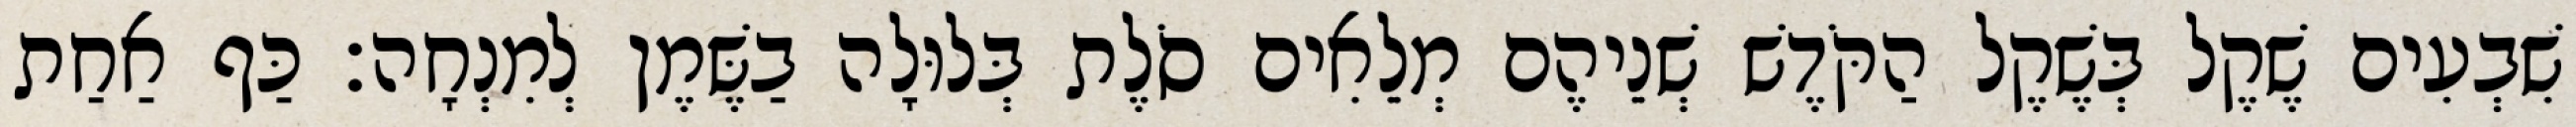
שִׁבְעִים שֶׁקֶל בְּשֶׁקֶל הַקֹּדֶשׁ שְׁנֵיהֶם מְלֵאִים סֹלֶת בְּלוּלָה בַשֶּׁמֶן לְמִנְחָה׃ כַּף אַחַת